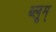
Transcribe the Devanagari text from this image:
ब्लूम्